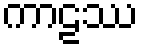
ကာဠဿ